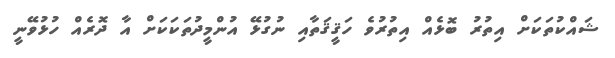
ޝައްކުތަކަށް އިތުރު ބޮޅެއް އިތުރުވެ ހަޤީޤަތާއި ނުގުޅޭ އުންމީދުތަކަކަށް އާ ދޮރެއް ހުޅުވޭނީ